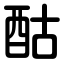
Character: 酤